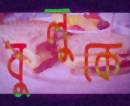
বুলুকে